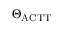
\Theta _ { \mathrm { A C T T } }